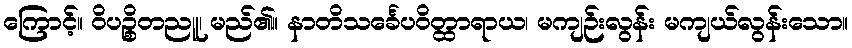
ကြောင့်။ ဝိပဉ္စိတညူ၊ မည်၏။ နာတိသင်္ခေပဝိတ္ထာရာယ၊ မကျဉ်းလွန်း မကျယ်လွန်းသော။